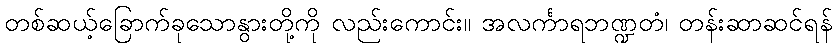
တစ်ဆယ့်ခြောက်ခုသောနွားတို့ကို လည်းကောင်း။ အလင်္ကာရဘဏ္ဍတံ၊ တန်းဆာဆင်ရန်